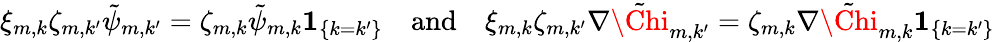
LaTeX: \begin{array}{r}{\xi_{m,k}\zeta_{m,k^{\prime}}\tilde{\psi}_{m,k^{\prime}}=\zeta_{m,k}\tilde{\psi}_{m,k}{\mathbf{1}}_{\{ k=k^{\prime}\} }\quad\mathrm{and}\quad\xi_{m,k}\zeta_{m,k^{\prime}}\nabla\tilde{\Chi}_{m,k^{\prime}}=\zeta_{m,k}\nabla\tilde{\Chi}_{m,k}{\mathbf{1}}_{\{ k=k^{\prime}\} }}\end{array}